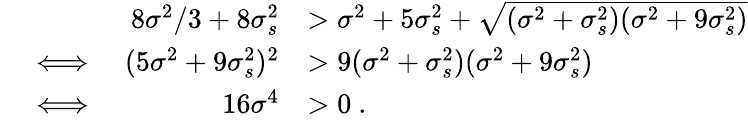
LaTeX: \begin{array}{rlrl}&{\ }&{8\sigma^{2}/3+8\sigma_{s}^{2}}&{>\sigma^{2}+5\sigma_{s}^{2}+\sqrt{(\sigma^{2}+\sigma_{s}^{2})(\sigma^{2}+9\sigma_{s}^{2})}}\\ &{\iff}&{(5\sigma^{2}+9\sigma_{s}^{2})^{2}}&{>9(\sigma^{2}+\sigma_{s}^{2})(\sigma^{2}+9\sigma_{s}^{2})}\\ &{\iff}&{16\sigma^{4}}&{>0\ .}\end{array}